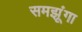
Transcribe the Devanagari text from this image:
समझूंगा